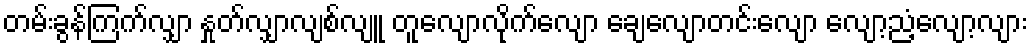
တမ်းခွန်ကြက်လျှာ နှုတ်လျှာလျစ်လျူ တူလျောလိုက်လျော ချေလျောတင်းလျော လျော့ညံ့လျော့လျား